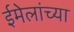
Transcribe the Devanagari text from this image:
ईमेलांच्या